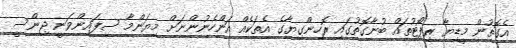
އެގޮތުން މީޑިޔާ ރިޕޯޓުތައް ބުނާގޮތުގައި ރޮހިންގިޔާގެ އެތަކެއް އަންހެނުންނަށް މިޔަންމާ ސިފައިންވަނީ ޖިންސީ